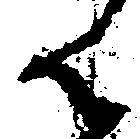
ん